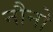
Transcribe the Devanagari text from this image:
नौनो